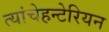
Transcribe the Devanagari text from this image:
त्यांचेहन्टेरियन